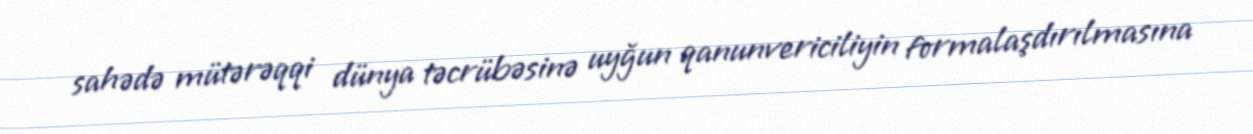
sahədə mütərəqqi dünya təcrübəsinə uyğun qanunvericiliyin formalaşdırılmasına